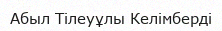
Абыл Тілеуұлы Келімберді